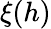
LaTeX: \xi(h)